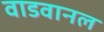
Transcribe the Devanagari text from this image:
वाडवानल